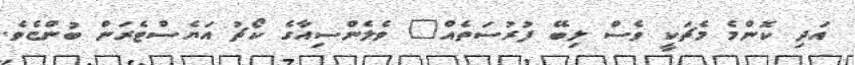
އަދި ކޮންމެ މެޗަކީ ވެސް ލިބޭ ފުރުސަތެއް" ވެލެންސިއާގެ ކޯޗު އަޔެސްޓެރަން ބުންޏެވެ.